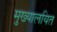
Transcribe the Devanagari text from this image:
मुख्यालयित